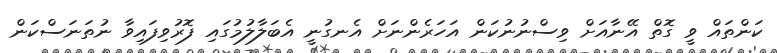
ކަންތައް ވީ ގޮތް އޭނާއަށް ވިސްނުނުކަން އަހަރެންނަށް އެނގުނީ އެބަލާލުމުގައި ފޮރުވިފައިވާ ނުތަނަސްކަން